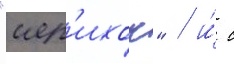
"иер'ихон" / и́ с